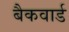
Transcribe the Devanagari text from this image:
बैकवार्ड